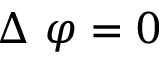
\Delta \ \varphi = 0